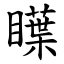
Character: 瞸